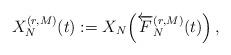
LaTeX: \begin{align*}X_N^{(r,M)}(t) := X_N \Big( \overleftarrow{F}_N^{(r,M)}(t) \Big) \,,\end{align*}